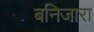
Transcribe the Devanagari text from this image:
बनिजारा